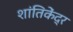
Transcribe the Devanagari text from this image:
शांतिकेंद्र